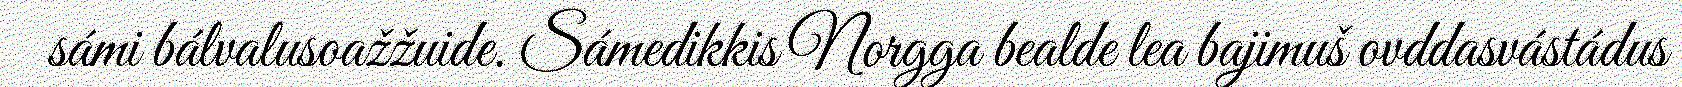
sámi bálvalusoažžuide. Sámedikkis Norgga bealde lea bajimuš ovddasvástádus